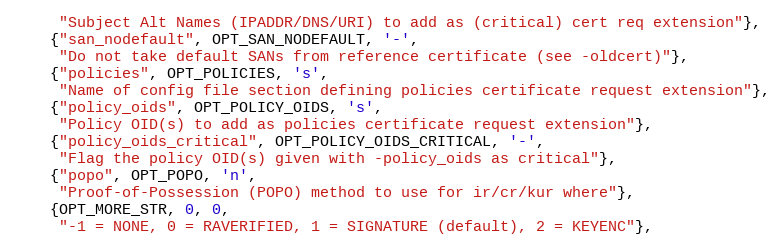
Language: C
     "Subject Alt Names (IPADDR/DNS/URI) to add as (critical) cert req extension"},
    {"san_nodefault", OPT_SAN_NODEFAULT, '-',
     "Do not take default SANs from reference certificate (see -oldcert)"},
    {"policies", OPT_POLICIES, 's',
     "Name of config file section defining policies certificate request extension"},
    {"policy_oids", OPT_POLICY_OIDS, 's',
     "Policy OID(s) to add as policies certificate request extension"},
    {"policy_oids_critical", OPT_POLICY_OIDS_CRITICAL, '-',
     "Flag the policy OID(s) given with -policy_oids as critical"},
    {"popo", OPT_POPO, 'n',
     "Proof-of-Possession (POPO) method to use for ir/cr/kur where"},
    {OPT_MORE_STR, 0, 0,
     "-1 = NONE, 0 = RAVERIFIED, 1 = SIGNATURE (default), 2 = KEYENC"},